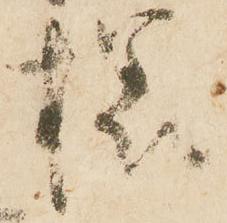
様